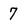
Character: 7